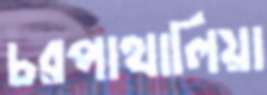
চরপাথালিয়া